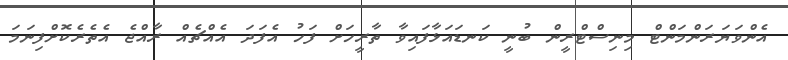
އެންވަޔަރަންމަންޓް މިނިސްޓްރީން ބުނީ ކަނޑައަޅާފައިވާ ތާރީހަށް ފަހު އެފަދަ އެއްޗެއް ރާއްޖެ އެތެރެކޮށްފިނަމަ